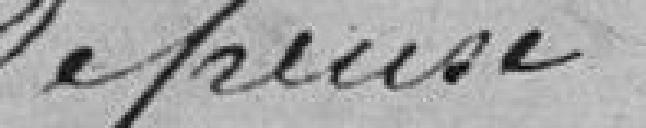
dépense